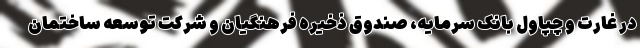
در غارت و چپاول بانک سرمایه، صندوق ذخیره فرهنگیان و شرکت توسعه ساختمان